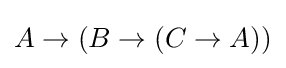
A\to (B\to (C\to A))